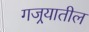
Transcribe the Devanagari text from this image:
गजर्‍यातील